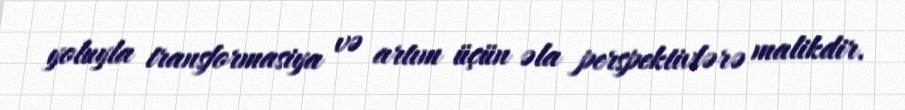
yoluyla transformasiya və artım üçün əla perspektivlərə malikdir.